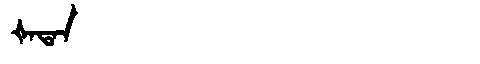
Manchu: ᡧᠠᡨᠠᠨ
Romanization: ŠATAN